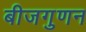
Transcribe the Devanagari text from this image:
बीजगुणन